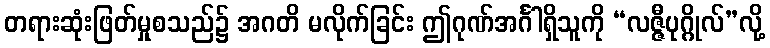
တရားဆုံးဖြတ်မှုစသည်၌ အဂတိ မလိုက်ခြင်း ဤဂုဏ်အင်္ဂါရှိသူကို “လဇ္ဇီပုဂ္ဂိုလ်”လို့